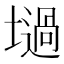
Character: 𡑟